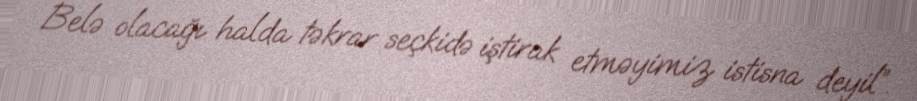
Belə olacağı halda təkrar seçkidə iştirak etməyimiz istisna deyil”.